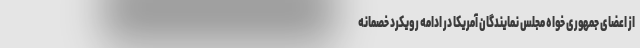
از اعضای جمهوری خواه مجلس نمایندگان آمریکا در ادامه رویکرد خصمانه